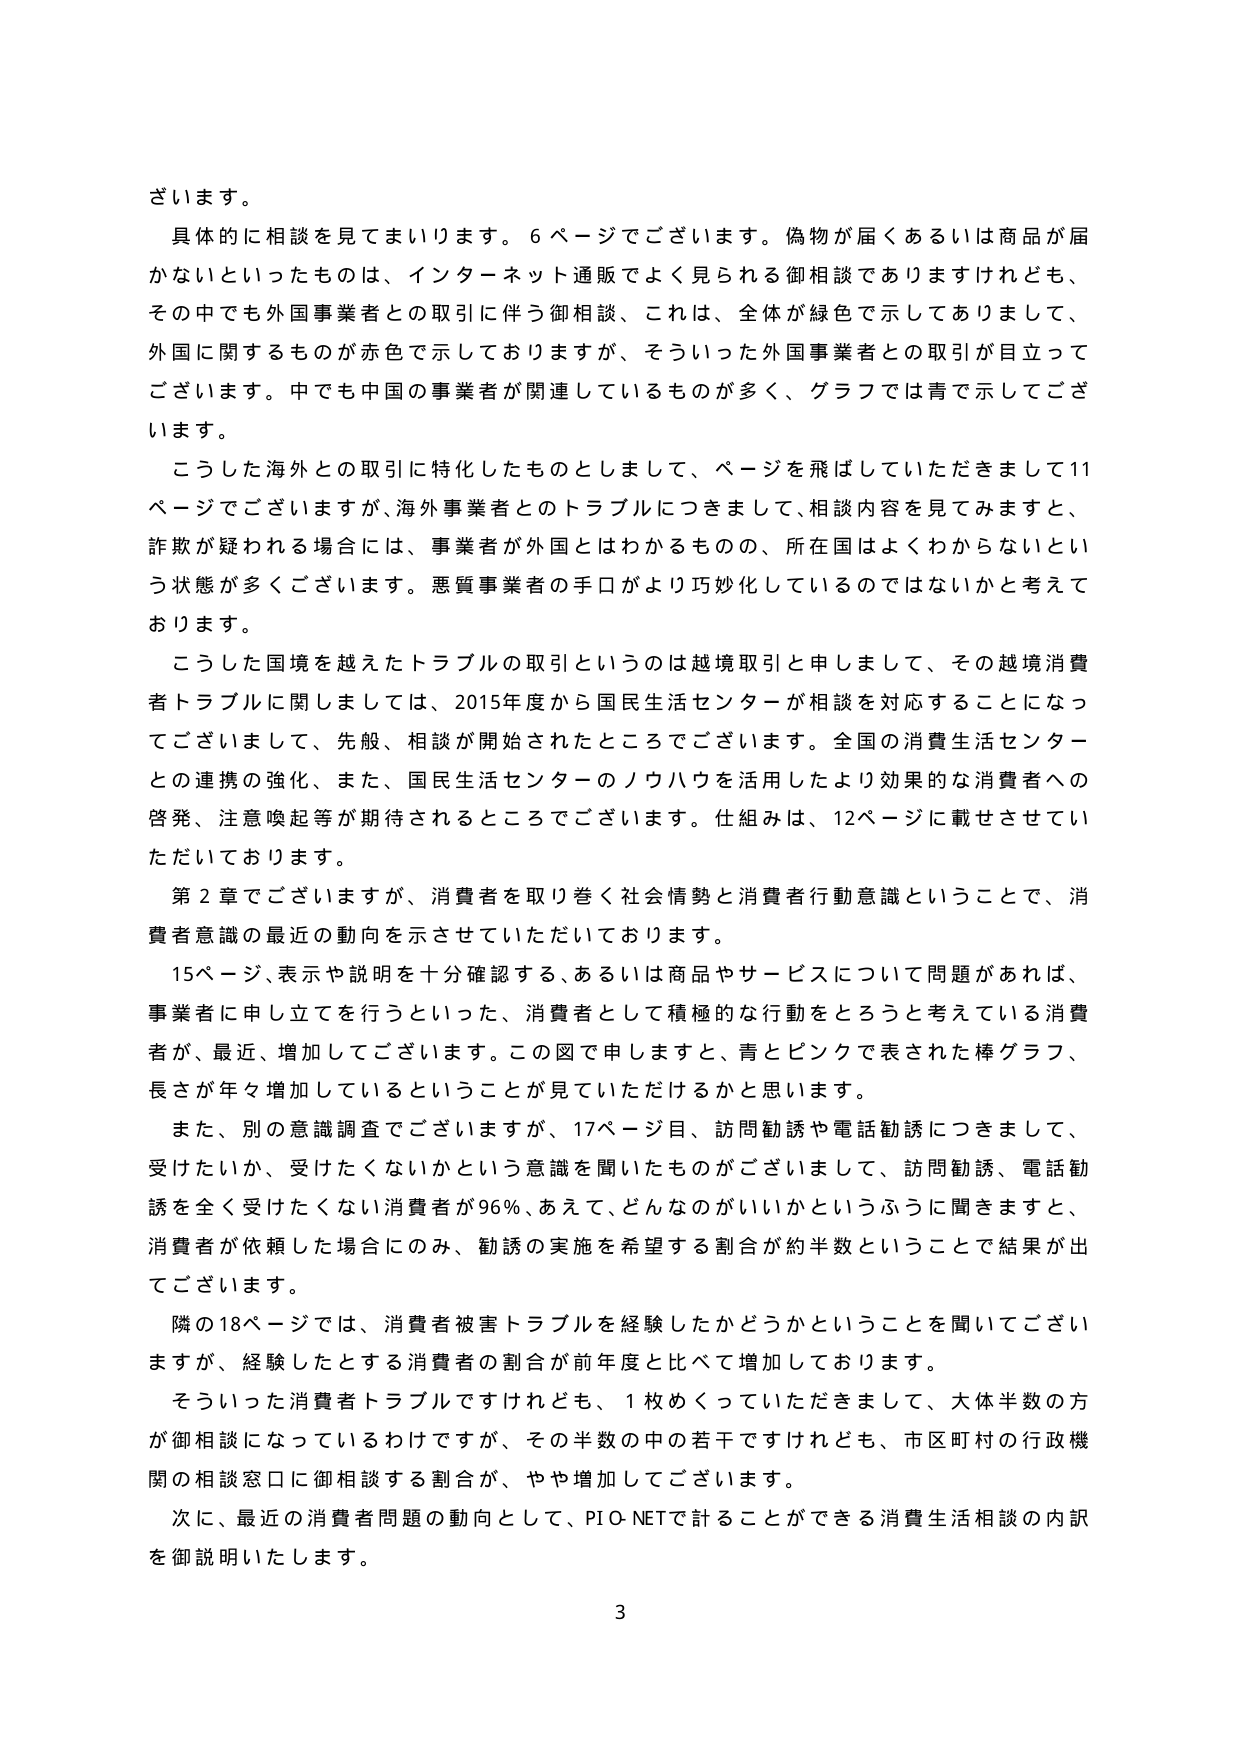
ざいます。

具体的に相談を見てまいります。6ページでございます。偽物が届くあるいは商品が届かないといったものは、インターネット通販でよく見られる御相談でありますけれども、その中でも外国事業者との取引に伴う御相談、これは、全体が緑色で示してありまして、外国に関するものが赤色で示しておりますが、そういった外国事業者との取引が目立ってございます。中でも中国の事業者が関連しているものが多く、グラフでは青で示してございます。

こうした海外との取引に特化したものとしまして、ページを飛ばしていただきまして11ページでございますが、海外事業者とのトラブルにつきまして、相談内容を見てみますと、詐欺が疑われる場合には、事業者が外国とはわかるものの、所在国はよくわからないという状態が多くございます。悪質事業者の手口がより巧妙化しているのではないかと考えております。

こうした国境を越えたトラブルの取引というのは越境取引と申しまして、その越境消費者トラブルに関しましては、2015年度から国民生活センターが相談を対応することになってございまして、先般、相談が開始されたところでございます。全国の消費生活センターとの連携の強化、また、国民生活センターのノウハウを活用したより効果的な消費者への啓発、注意喚起等が期待されるところでございます。仕組みは、12ページに載せさせていただいております。

第2章でございますが、消費者を取り巻く社会情勢と消費者行動意識ということで、消費者意識の最近の動向を示させていただいております。

15ページ、表示や説明を十分確認する、あるいは商品やサービスについて問題があれば、事業者に申し立てを行うといった、消費者として積極的な行動をとろうと考えている消費者が、最近、増加してございます。この図で申しますと、青とピンクで表された棒グラフ、長さが年々増加しているということが見ていただけるかと思います。

また、別の意識調査でございますが、17ページ目、訪問勧誘や電話勧誘につきまして、受けたいか、受けたくないかという意識を聞いたものがございまして、訪問勧誘、電話勧誘を全く受けたくない消費者が96％、あえて、どんなのがいいかというふうに聞きますと、消費者が依頼した場合にのみ、勧誘の実施を希望する割合が約半数ということで結果が出ています。

隣の18ページでは、消費者被害トラブルを経験したかどうかということを聞いてございますが、経験したとする消費者の割合が前年度と比べて増加しております。

そういった消費者トラブルですけれども、1枚めくっていただきまして、大体半数の方が御相談になっているわけですが、その半数の中の若干ですけれども、市区町村の行政機関の相談窓口に御相談する割合が、やや増加しております。

次に、最近の消費者問題の動向として、PIO-NETで計ることができる消費生活相談の内訳を御説明いたします。

3